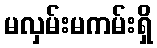
မလှမ်းမကမ်းရှိ